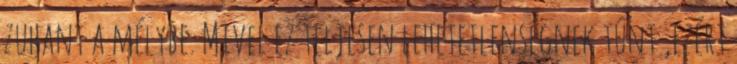
zuhant a mélybe. Mivel ez teljesen lehetetlenségnek tűnt ,ezért